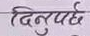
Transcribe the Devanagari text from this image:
दिनुपर्दछ